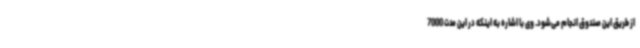
از طریق این صندوق انجام می‌شود. وی با اشاره به اینکه در این مدت 7000